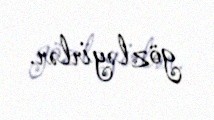
gözləyirlər.